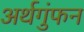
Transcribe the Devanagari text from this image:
अर्थगुंफन